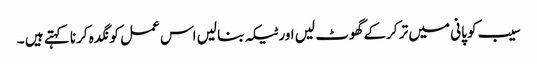
سیب کو پانی میں تر کرکے گھوٹ لیں اور ٹیکہ بنا لیں اس عمل کو نگدہ کرنا کہتے ہیں ۔